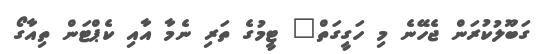
ގަބޫލުކުރަން ޖެހޭނެ މި ހަގީގަތް" ޓީމުގެ ތަރި ނެމާ އާއި ކެޕްޓަން ތިއާގޯ